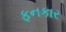
ફનકાર